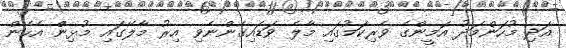
އަދި މުހަންމަދު އަމީންގެ ވެރިކަމުގައި މާލެ ވަޑައިގެންނެވި އިރު މާލޭގައި މުޅިންް އެހެން